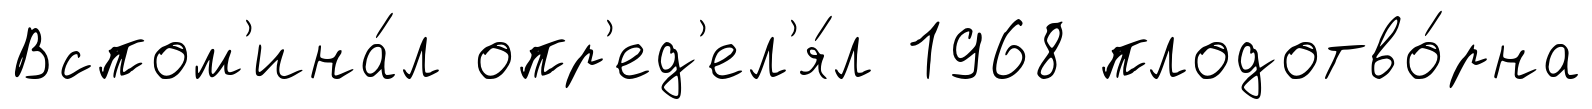
Вспом'ина́л опр'ед'ел'я́л 1968 плодотво́рна